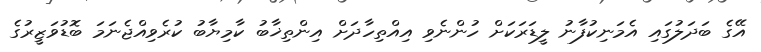
އޭގެ ބަދަލުގައި އެމަނިކުފާނު ލީޑަރަކަށް ހުންނެވި އިއްތިހާދަށް އިންތިޚާބު ކާމިޔާބު ކުރެވިއްޖެނަމަ ބޮޑުވަޒީރުގެ